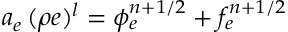
a _ { e } \, ( \rho e ) ^ { l } = { \phi } _ { e } ^ { n + 1 / 2 } + f _ { e } ^ { n + 1 / 2 }